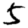
Digit: 5